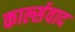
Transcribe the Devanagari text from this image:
कार्ल्सवाद